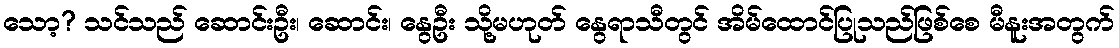
သော့? သင်သည် ဆောင်းဦး၊ ဆောင်း၊ နွေဦး သို့မဟုတ် နွေရာသီတွင် အိမ်ထောင်ပြုသည်ဖြစ်စေ မီနူးအတွက်